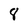
Character: 8